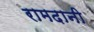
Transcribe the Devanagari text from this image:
रामदानी